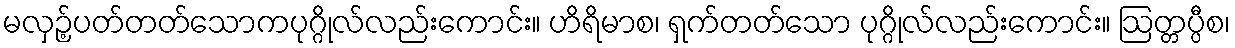
မလှဉ့်ပတ်တတ်သောကပုဂ္ဂိုလ်လည်းကောင်း။ ဟိရိမာစ၊ ရှက်တတ်သော ပုဂ္ဂိုလ်လည်းကောင်း။ ဩတ္တပ္ပီစ၊